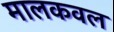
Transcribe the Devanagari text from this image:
मालकवल